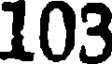
103